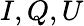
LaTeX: I,Q,U